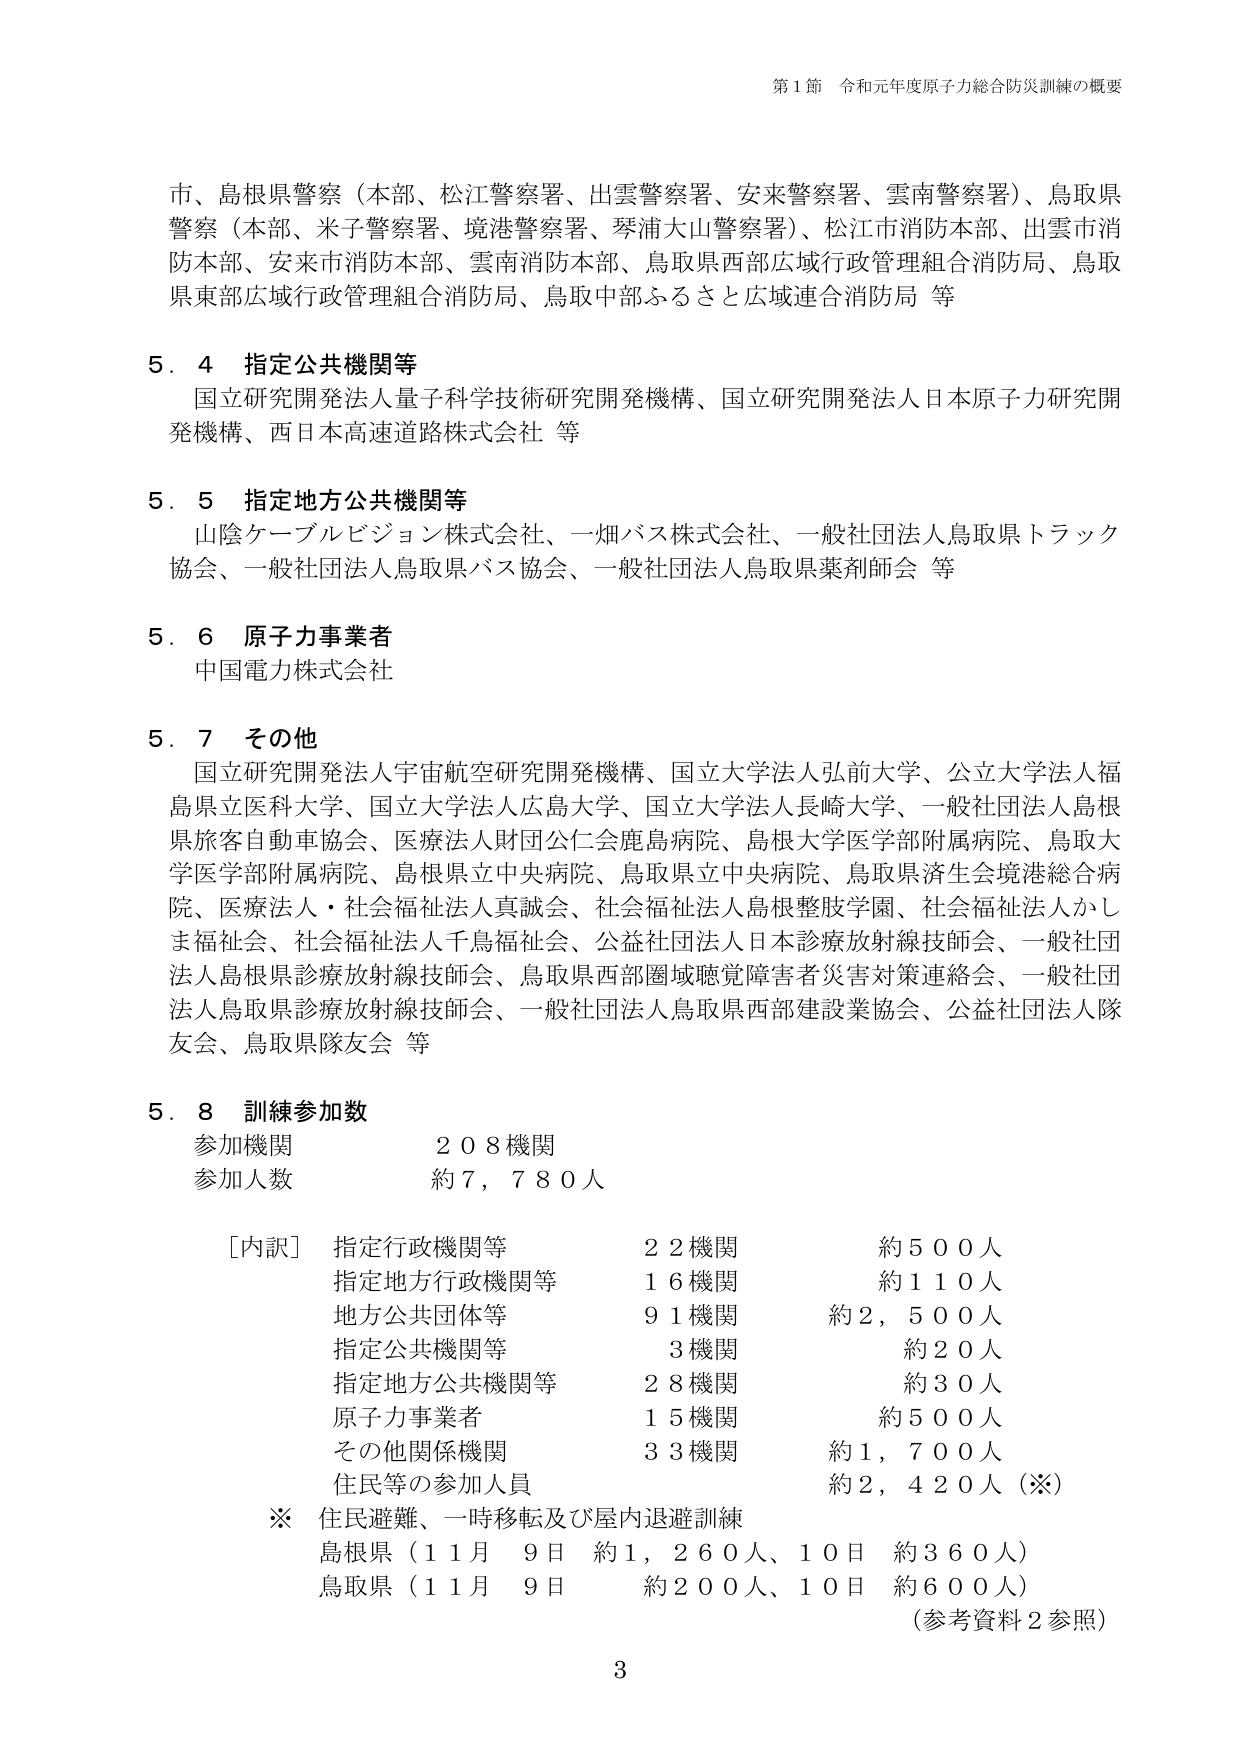
第1節 令和元年度原子力総合防災訓練の概要

市、島根県警察（本部、松江警察署、出雲警察署、安来警察署、雲南警察署）、鳥取県警察（本部、米子警察署、境港警察署、琴浦大山警察署）、松江市消防本部、出雲市消防本部、安来市消防本部、雲南消防本部、鳥取県西部広域行政管理組合消防局、鳥取県東部広域行政管理組合消防局、鳥取中部ふるさと広域連合消防局 等

5.4 指定公共機関等
国立研究開発法人量子科学技術研究開発機構、国立研究開発法人日本原子力研究開発機構、西日本高速道路株式会社 等

5.5 指定地方公共機関等
山陰ケーブルビジョン株式会社、一畑バス株式会社、一般社団法人鳥取県トラック協会、一般社団法人鳥取県バス協会、一般社団法人鳥取県薬剤師会 等

5.6 原子力事業者
中国電力株式会社

5.7 その他
国立研究開発法人宇宙航空研究開発機構、国立大学法人弘前大学、公立大学法人福島県立医科大学、国立大学法人広島大学、国立大学法人長崎大学、一般社団法人島根県旅客自動車協会、医療法人財団公仁会鹿島病院、島根大学医学部附属病院、鳥取大学医学部附属病院、島根県立中央病院、鳥取県立中央病院、鳥取県済生会境港総合病院、医療法人・社会福祉法人真誠会、社会福祉法人島根整肢学園、社会福祉法人かしま福祉会、社会福祉法人千鳥福祉会、公益社団法人日本診療放射線技師会、一般社団法人島根県診療放射線技師会、鳥取県西部圏域聴覚障害者災害対策連絡会、一般社団法人鳥取県診療放射線技師会、一般社団法人鳥取県西部建設業協会、公益社団法人隊友会、鳥取県隊友会 等

5.8 訓練参加数
参加機関 208機関
参加人数 約7,780人

[内訳] 指定行政機関等 22機関 約500人
指定地方行政機関等 16機関 約110人
地方公共団体等 91機関 約2,500人
指定公共機関等 3機関 約20人
指定地方公共機関等 28機関 約30人
原子力事業者 15機関 約500人
その他関係機関 33機関 約1,700人
住民等の参加人員 約2,420人（※）

※ 住民避難、一時移転及び屋内退避訓練
島根県（11月 9日 約1,260人、10日 約360人）
鳥取県（11月 9日 約200人、10日 約600人）
（参考資料2参照）

3